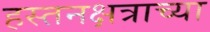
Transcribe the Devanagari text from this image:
हस्तनक्षत्राच्या